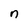
Character: n